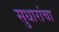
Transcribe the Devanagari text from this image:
सुधारांचा